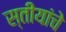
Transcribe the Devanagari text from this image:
स्तीयांचे